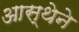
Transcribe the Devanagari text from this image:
आस्‍थेने